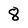
Character: 8